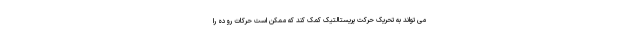
می تواند به تحریک حرکت پریستالتیک کمک کند که ممکن است حرکات روده را